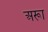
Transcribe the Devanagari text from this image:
अरूा